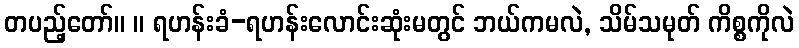
တပည့်တော်။ ။ ရဟန်းခံ-ရဟန်းလောင်းဆုံးမတွင် ဘယ်ကမလဲ, သိမ်သမုတ် ကိစ္စကိုလဲ